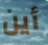
أين